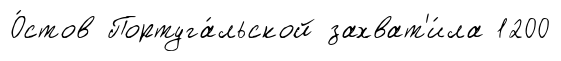
О́стов Португа́льской захват'и́ла 1200